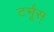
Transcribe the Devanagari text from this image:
टर्मूस्